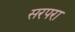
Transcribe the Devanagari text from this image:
सरपरा